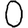
Digit: 0